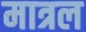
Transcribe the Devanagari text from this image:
मात्रल